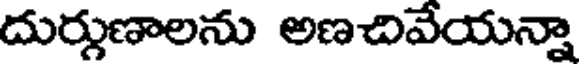
దుర్గుణాలను అణచివేయన్నా